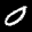
Label: 0